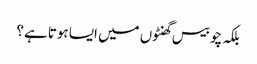
بلکہ چوبیس گھنٹوں میں ایسا ہوتا ہے؟